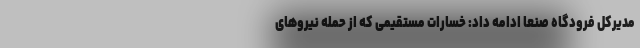
مدیرکل فرودگاه صنعا ادامه داد: خسارات مستقیمی که از حمله نیروهای